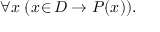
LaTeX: \forall x \; ( x \! \in \! D \to P ( x ) ) .